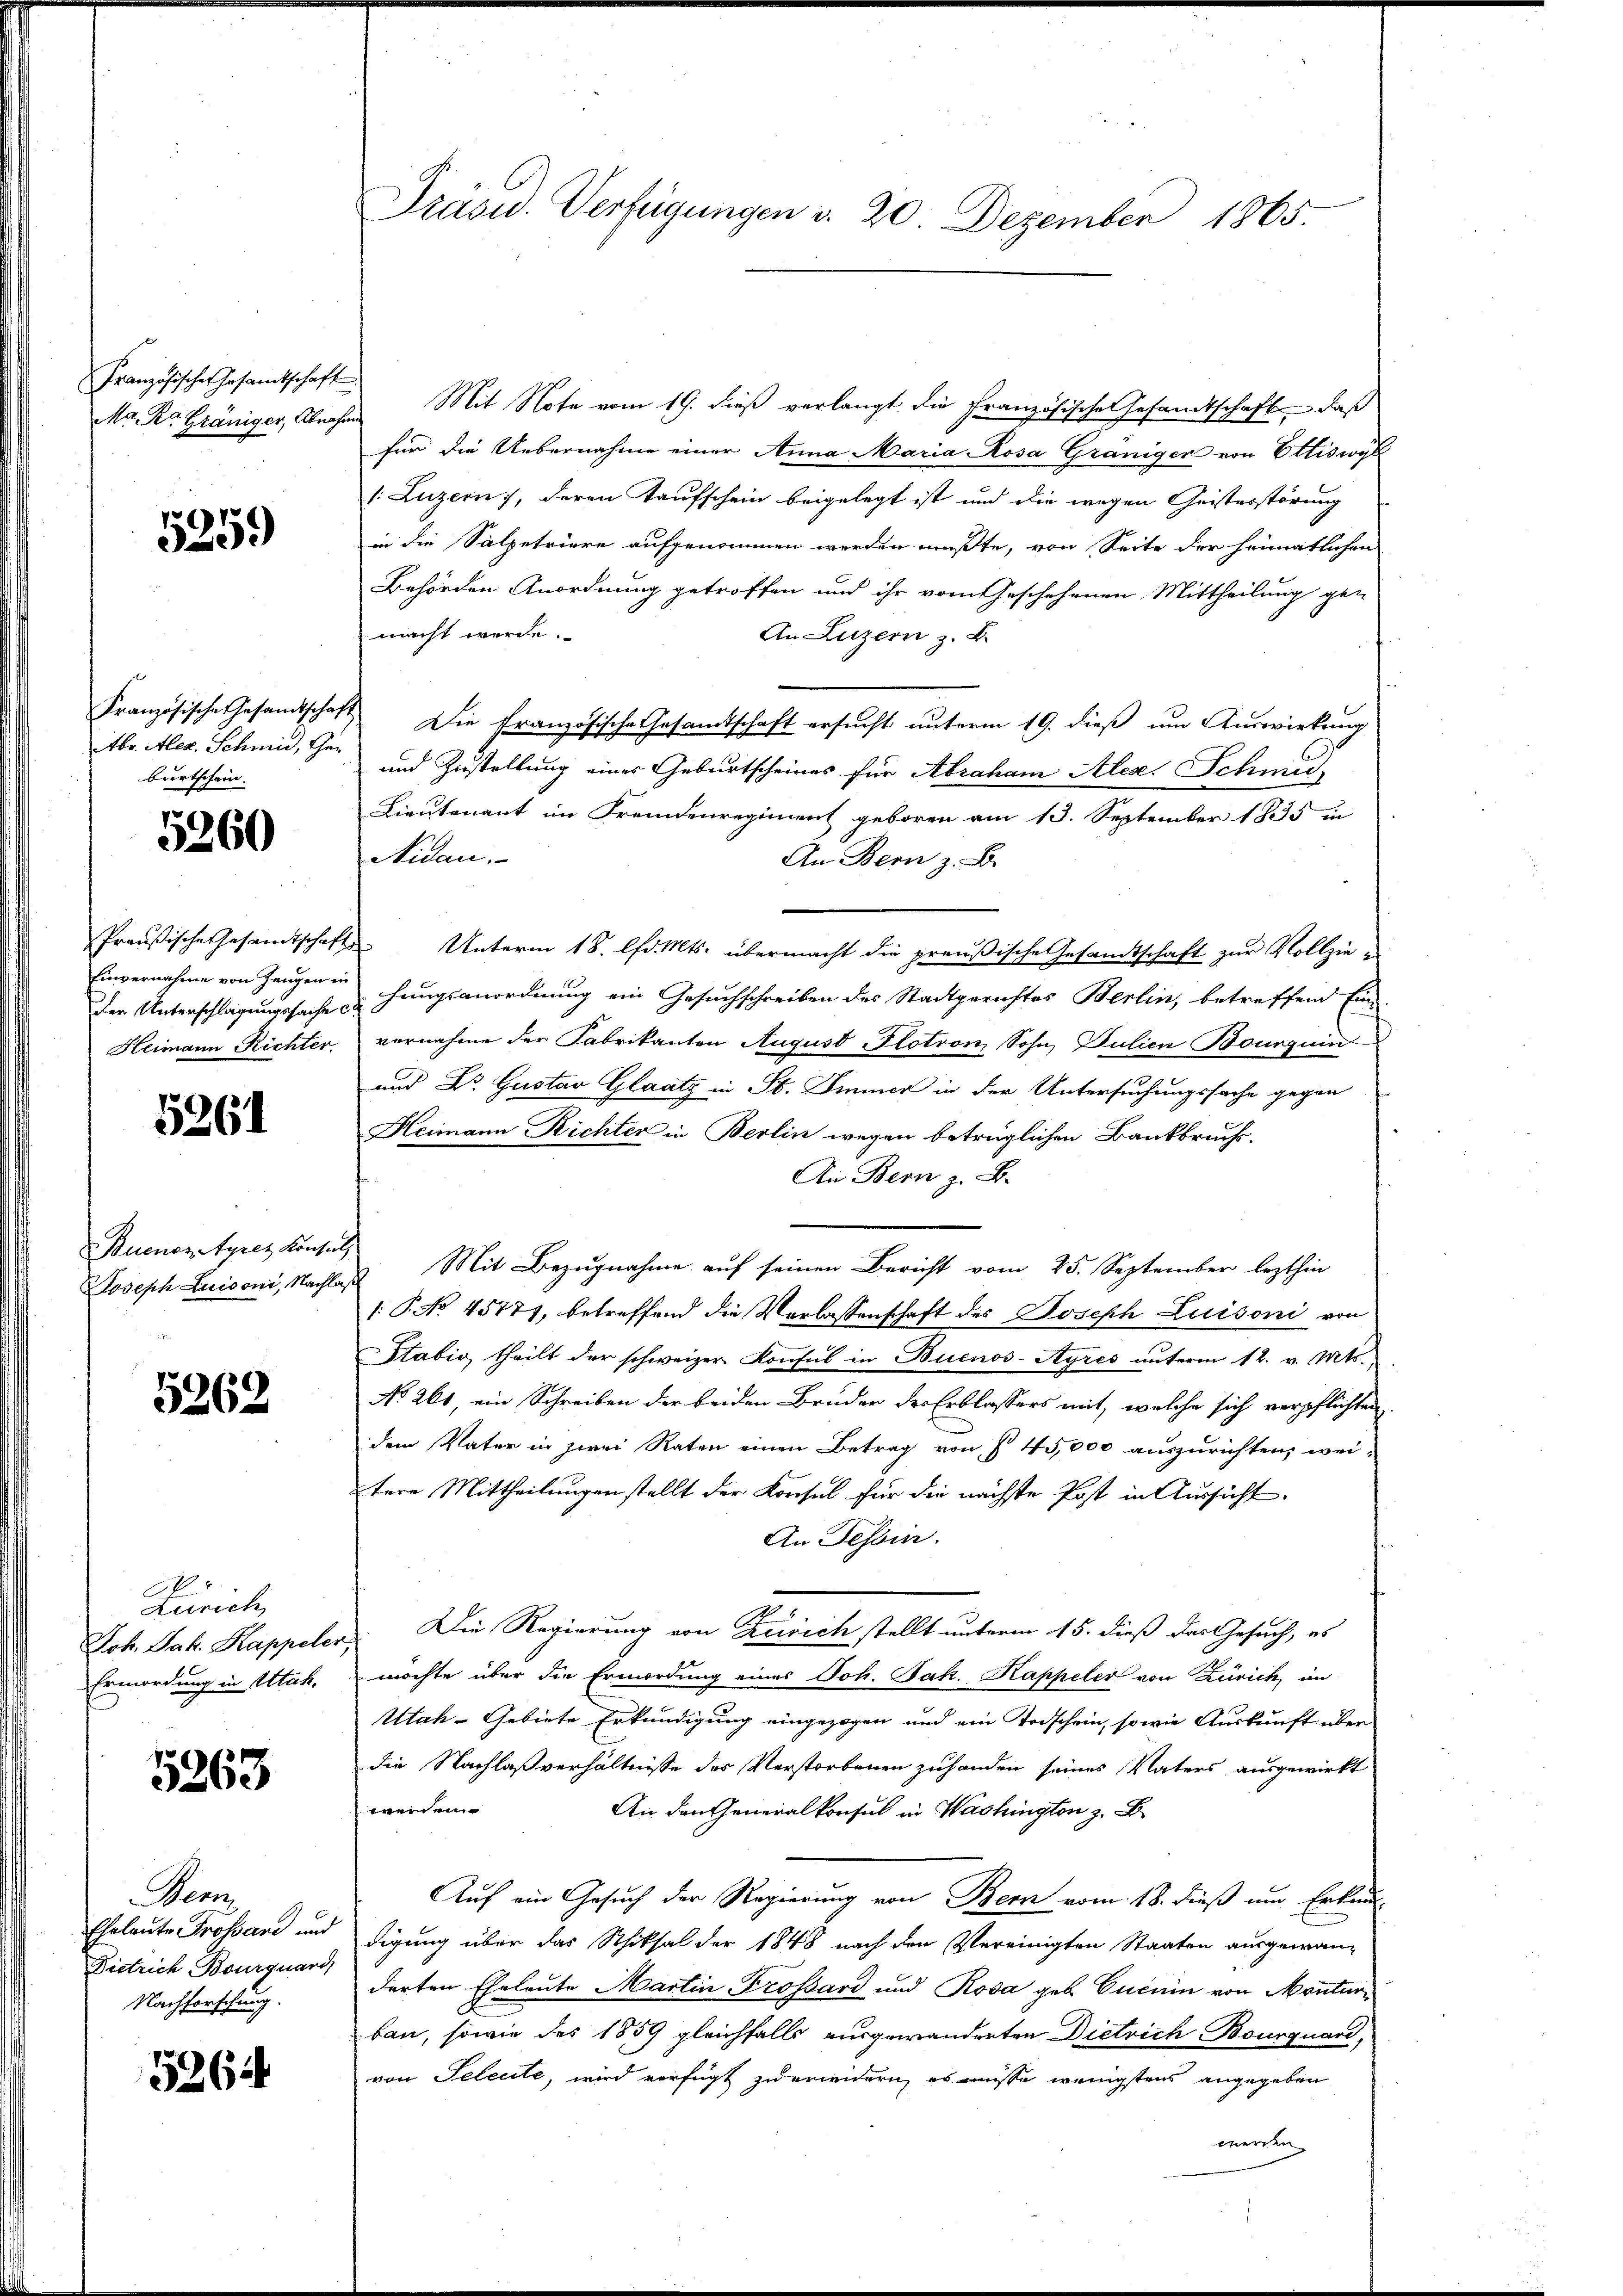
Französisches Gesamtschaft
Ma Ra Gräniger, Abnahm

5259)

Französische Gesamtschaft
Abr. Alex. Schmid, Gebwirtschein.

5260

Einvernahme von Zeugen in
der Unterschlagungssache c
Heimann Richter.

5261

Buenos Ayrez Konsul
Joseph Luisoni, Nachlaß

5262

Zürich,
Joh. Jak. Kappeler
Ermordung in Utah.

5263

Venn
Eheleute Grossard und
Dietrich Bourquard,
Nachforschung.

5264

Präsid. Verfügungen d. 20 Dezember 1865.

Mit Note vom 19. dieß verlangt die Französische Gesandtschaft, daß
für die Uebernahme einer Anna Maria Rosa Granigen von Ettiswyl
v. Luzern), deren Taufschein beigelegt ist und die wegen Geisterstörung
in die Salpetriere aufgenommen werden müßte, von Seite der heimatlichen
Behörden Anordnung getroffen und ihr vom Geschehenen Mittheilung gen
macht werde.
An Luzern z. B.
Die Französische Gesamtschaft ersucht unterm 19. dieß um Auswirkung
und Zustellung einer Geburtscheines für Abraham Alex. Schmid
Lieutenant im Fremdenregiment geboren am 13. September 1835 in
Nidau.
An Bern z. B.
Preußische Gesamtschaft Unterm 18. lfd. Mts. übermacht die preußische Gesandtschaft zur Vollziehungsanordnung ein Gesuchschreiben des Stadtgerichtes Berlin, betreffend Ein-
vernahme der Fabrikanten August Plotron Sohn, Julien Bourguin
und Dr. Gustav Glaatz in St. Immer in der Untersuchungssache gegen
Heimann Richter in Berlin wegen betrüglichen Bankbruchs.
An Bern z. B.
Mit Bezugnahme auf seinen Bericht vom 25. September lezthin
1. P. No 45777, betreffend die Verlassenschaft des Joseph Luisoni von
Stabio, theilt der schweizer Konsul in Buenos-Ayres unterm 12. v. Mts.
No. 261, ein Schreiben der beiden Bruder der Erblassers mit, welche sich verpflichten
dem Vater in zwei Raten einen Betrag von § 45,000 auszurichten, wei-
tere Mittheilungen stellt der Konsul für die nächste Post in Aussicht
An Tessin.
Die Regierung von Zürich stellt unterm 15. dieß das Gesuch, es
möchte über die Ermordung eines Joh. Jak. Kappeler von Zürich an
Utah-Gebiete Erkundigung eingezogen und ein Todschein, sowie Auskunft über
die Nachlaßverhältnisse des Verstorbenen zuhanden seines Vaters ausgewirkt
weiden
An den Generalkonsul in Washingten z. B.
Auf ein Gesuch der Regierung von Bern vom 18. dieß um Erkundigung über das Schiksal der 1848 nach den Vereinigten Staaten ausgewanderten Eheleute Martin Grossard und Rosa geb. Euenin von Monturbau, sowie des 1859 gleichfalls ausgewanderten Dietrich Bourquard,
von Teleute, wird verfügt zu erwidern, es müsse wenigstens angegeben
menden